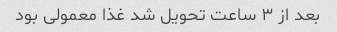
بعد از ۳ ساعت تحویل شد غذا معمولی بود